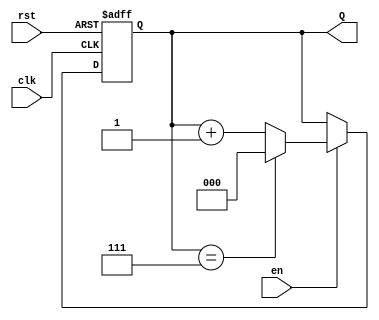
module binary_up_counter (
    input wire clk,         // Clock signal
    input wire rst,         // Asynchronous reset signal
    input wire en,          // Enable signal
    output reg [2:0] Q      // 3-bit binary output representing the count value
);

    // Always block triggered on the rising edge of the clock or the active low reset
    always @(posedge clk or posedge rst) begin
        if (rst) begin
            // Asynchronous reset: Set count to 0
            Q <= 3'b000;
        end else if (en) begin
            // Update count if enabled
            if (Q == 3'b111) begin
                // Wrap around if max value is reached
                Q <= 3'b000;
            end else begin
                // Increment count value
                Q <= Q + 1;
            end
        end
    end

endmodule